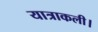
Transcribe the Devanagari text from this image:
यात्राकली।